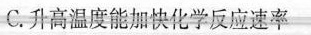
C.升高温度能加快化学反应速率